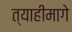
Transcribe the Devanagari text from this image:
त्याहीमागे